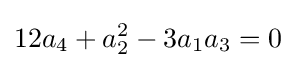
12a_{4}+a_{2}^{2}-3a_{1}a_{3}=0